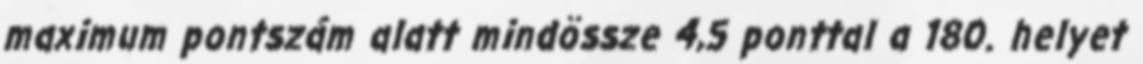
maximum pontszám alatt mindössze 4,5 ponttal a 180. helyet